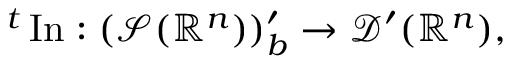
{ } ^ { t } \operatorname { I n } : ( { \mathcal { S } } ( \mathbb { R } ^ { n } ) ) _ { b } ^ { \prime } \to { \mathcal { D } } ^ { \prime } ( \mathbb { R } ^ { n } ) ,